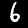
Label: 6